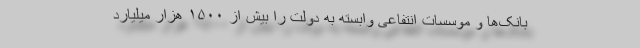
بانک‌ها و موسسات انتفاعی وابسته به دولت را بیش از ۱۵۰۰ هزار میلیارد